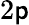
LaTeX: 2\mathsf{p}